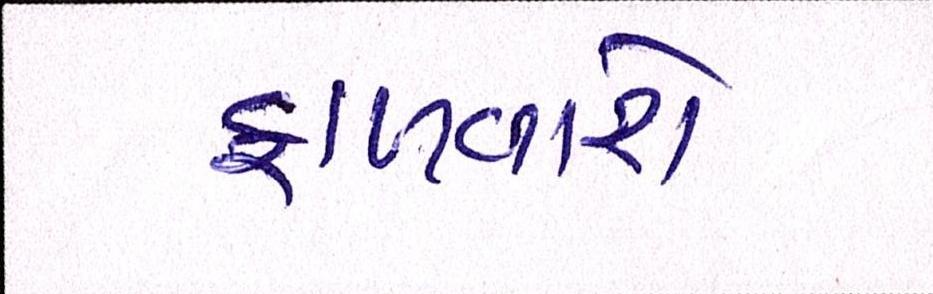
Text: ફાળવાશે